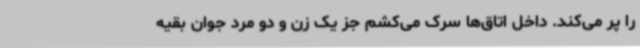
را پر می‌کند. داخل اتاق‌ها سرک می‌کشم جز یک زن و دو مرد جوان بقیه